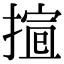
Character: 𢱱